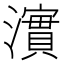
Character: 𤁂